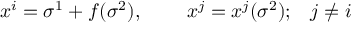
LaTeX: x ^ { i } = \sigma ^ { 1 } + f ( \sigma ^ { 2 } ) , \; \; \; \; \; \; \; \; x ^ { j } = x ^ { j } ( \sigma ^ { 2 } ) ; \; \; \; j \neq i